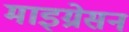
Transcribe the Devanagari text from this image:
माइग्रेसन